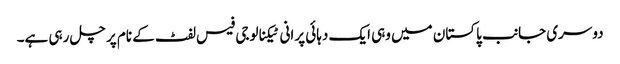
دوسری جانب پاکستان میں وہی ایک دہائی پرانی ٹیکنالوجی فیس لفٹ کے نام پر چل رہی ہے۔